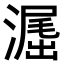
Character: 𣽶